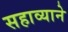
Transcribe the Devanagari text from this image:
सहाव्याने